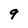
Character: 9